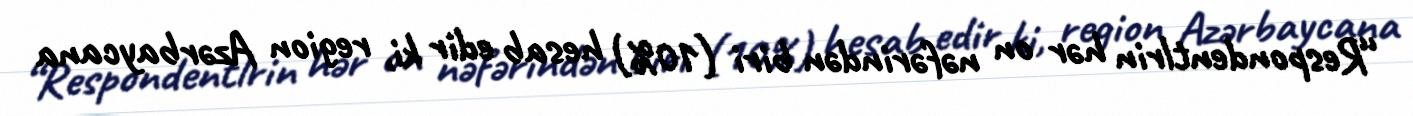
“Respondentlrin hər on nəfərindən biri (10%) hesab edir ki, region Azərbaycana